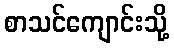
စာသင်ကျောင်းသို့